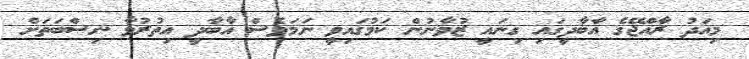
މިއަދު ރާއްޖޭގެ އާބާދީގައި ގިނައީ ޒުވާނުން ކަމުގައިވީ ނަމަވެސް އާބާދީ އިތުރުވާ ނިސްބަތަށް